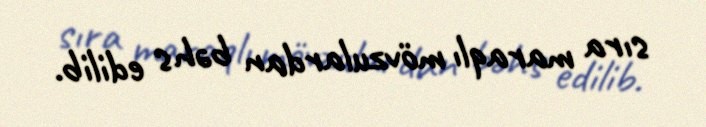
sıra maraqlı mövzulardan bəhs edilib.